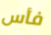
فأس